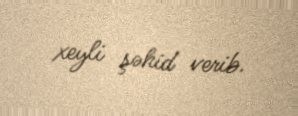
xeyli şəhid verib.